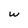
Character: w